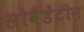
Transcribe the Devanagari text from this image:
सोवैडेंटीन